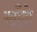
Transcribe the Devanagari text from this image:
खाँदो